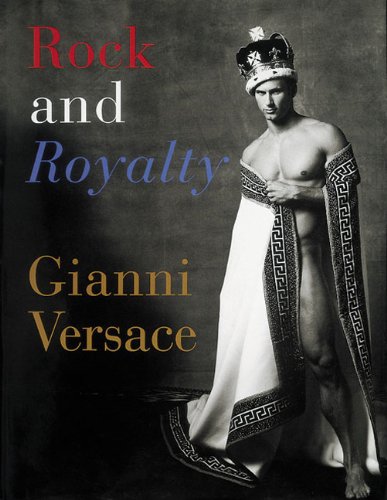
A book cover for Rock and Royalty: The Ever-Changing Look of Versace's Couture As See--and Modeled--by the Kings, Queens, and Jokers of Rock & Roll; Arts & Photography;